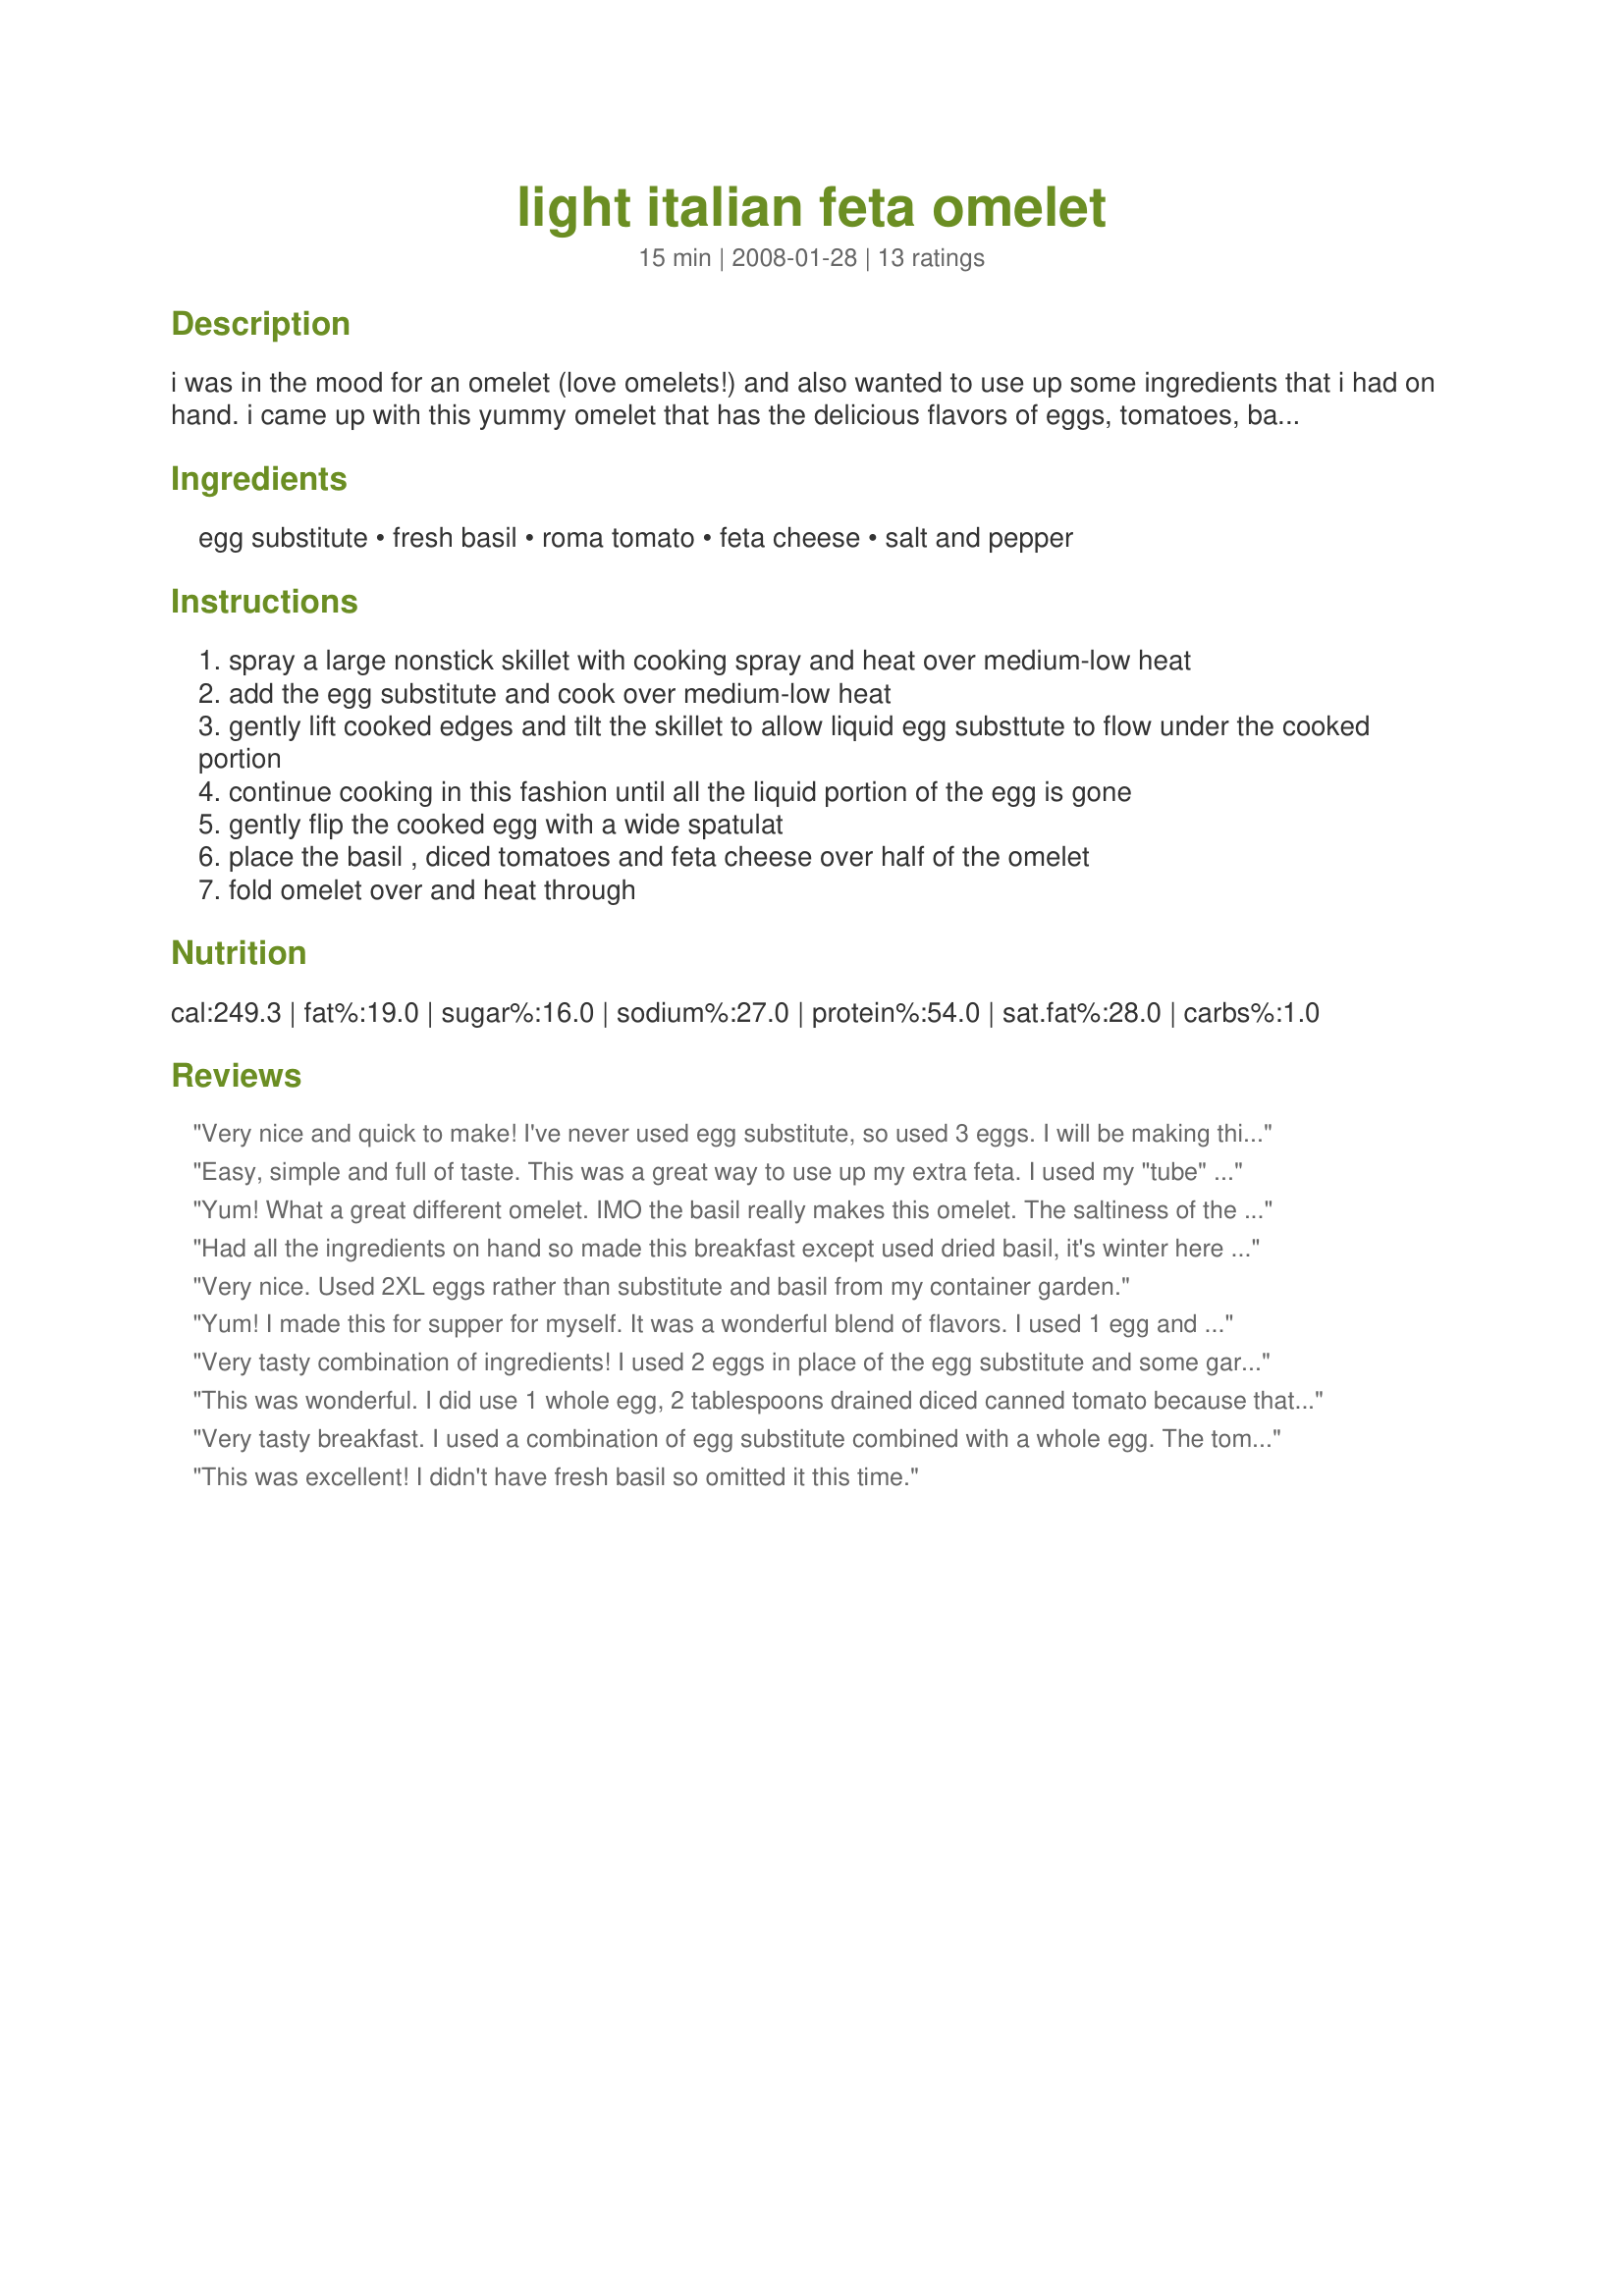
light italian feta omelet
Preparation time: 15 minutes

i was in the mood for an omelet (love omelets!) and also wanted to use up some ingredients that i had on hand. i came up with this yummy omelet that has the delicious flavors of eggs, tomatoes, basil and feta cheese. measurements are an approximation...you can use more or less to your liking.

Ingredients:
egg substitute, fresh basil, roma tomato, feta cheese, salt and pepper

Steps:
spray a large nonstick skillet with cooking spray and heat over medium-low heat
add the egg substitute and cook over medium-low heat
gently lift cooked edges and tilt the skillet to allow liquid egg substtute to flow under the cooked portion
continue cooking in this fashion until all the liquid portion of the egg is gone
gently flip the cooked egg with a wide spatulat
place the basil , diced tomatoes and feta cheese over half of the omelet
fold omelet over and heat through

Reviews:
Very nice and quick to make! I've never used egg substitute, so used 3 eggs. I will be making this a lot this summer with fresh basil from my garden. Thanks, Crafty Lady! Made for Aussie New Zealand Recipe Swap #13.
Easy, simple and full of taste. This was a great way to use up my extra feta. I used my "tube" basil and mixed it with the tomato and feta before putting it in the omelet. This worked just fine. Thanks! I'll keep this on hand!
Yum! What a great different omelet. IMO the basil really makes this omelet. The saltiness of the feta with the sweetness of the tomato blends together with the pungent basil flavour. There's something about hot tomatoes that I love, and am so glad to have more recipes that use tomatoes in warm dishes. Thanks for such a delish recipe! Reviewed for ZWT 4.
Had all the ingredients on hand so made this breakfast except used dried basil, it's winter here & too cold for fresh basil. I used 2 eggs instead of substitute. This is a lovely light brekky, great when you don't want something too heavy. Made for ZWT 4.
Very nice. Used 2XL eggs rather than substitute and basil from my container garden.
Yum! I made this for supper for myself. It was a wonderful blend of flavors. I used 1 egg and sprinkling of dried basil since I didn't have fresh. Thanks, Crafty Lady 13! Made for AUS/NZ Recipe Swap #14
Very tasty combination of ingredients! I used 2 eggs in place of the egg substitute and some garlic feta. Mmm! Great quick breakfast. Thanks Crafty Lady! Made for ZWT 4.
This was wonderful. I did use 1 whole egg, 2 tablespoons drained diced canned tomato because that is what I had on hand, 4 leaves of fresh basil, and the tablespoon of tangy, salty, and creamy feta. So good and a must try.
Very tasty breakfast. I used a combination of egg substitute combined with a whole egg. The tomato was small and was sliced instead of chopping. Really enjoyed the burst of flavors from the sweet tomato combined with the fresh basil and feta. Additional basil was sprinkled over the top for garnish. Made for *ZWT 4*
This was excellent! I didn't have fresh basil so omitted it this time.
A delicious and versatile breakfast that was ready in minutes. I used two eggs and 2 tablespoons of tinned tomatoes. Also added some gorgonzola and provolone that I wanted to use up. Next time I might add chopped olives, too. Yummo!
Very nice omelet! I used real eggs and butter, but didn't have fresh basil so I used dried. Thanks for the nice breakfast! Reviewed for ZWT4.
I really enjoyed this omelet. I used fresh eggs and basil. After I had eaten it the only thing I wanted was more, so I made another! Thanks
Crafty Lady for a great recipe. I made this for the Chic Chefs during Zaar World Tour 4.
